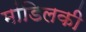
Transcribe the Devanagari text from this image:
मांडिलकी